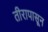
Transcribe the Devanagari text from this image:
तीरापासून